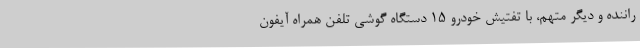
راننده و دیگر متهم، با تفتیش خودرو 15 دستگاه گوشی تلفن همراه آیفون